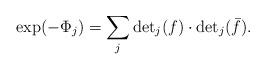
LaTeX: \begin{align*}\exp (-\Phi_j)=\sum _j \mbox {det} _j(f) \cdot \mbox {det} _j(\bar f).\end{align*}